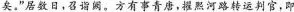
\underline{矣”}居数日，召诣阙。方有事青唐，擢熟河路转运判官，即